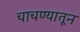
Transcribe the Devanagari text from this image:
चाचण्यातून